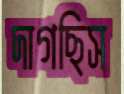
দাগছিস